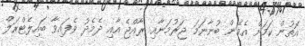
އޮތުން ކަމަށް އެމެން ބުނާނަމަ ޖަރުމަނާއި ރާއްޖެ އާއި ދެމެދު ވެފައިވާ ބައިލެޓްރަލް